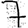
Digit: 7